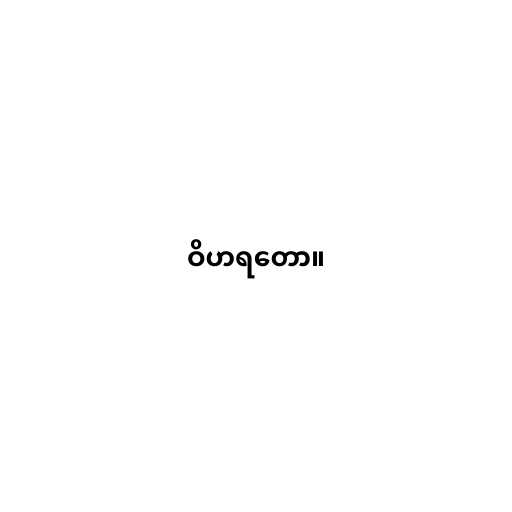
ဝိဟရတော။